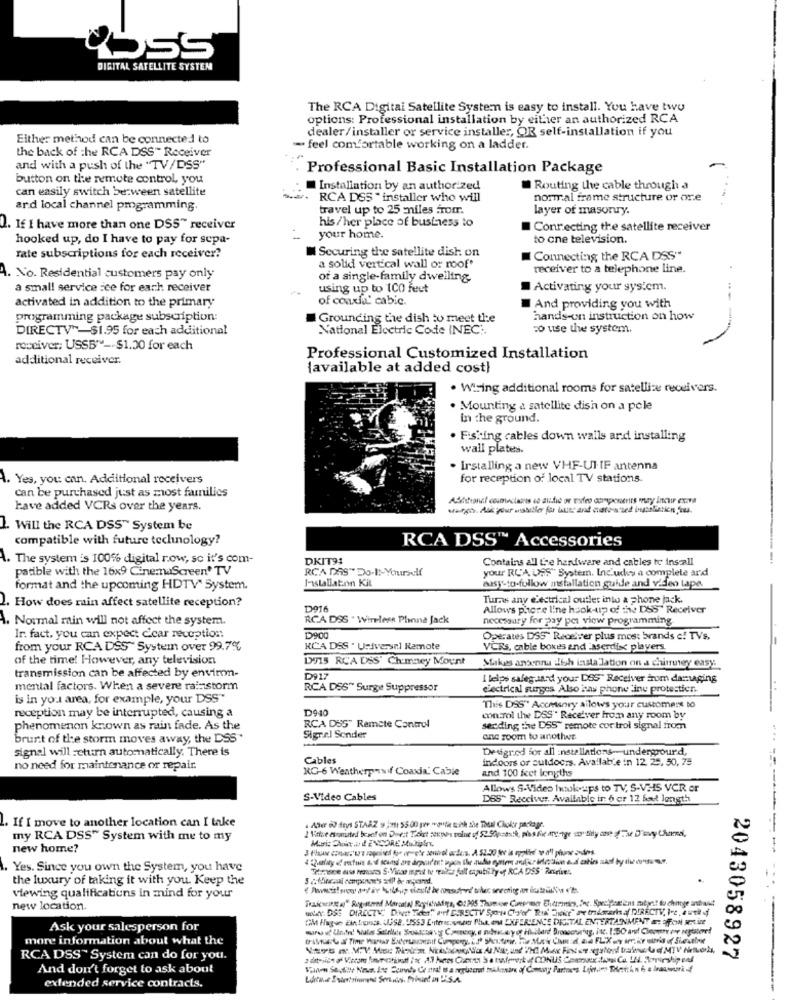
DIGITAL SATELLITE SYSTEM
The RCA Digital Satellite System is easy to install. You have two
options: Professional installation by either an authorized RCA
dealer/ installer or service installer, OR self-installation if you
Either method can be connected to
the back of the RCA DSS" Receiver
- feel comfortable working on a ladder.
and with a push of the "TV/DSS"
Professional Basic Installation Package
button on the remote control, you
can easily switch between satellite
Installation by an authorized
Routing the cable through a
RCA DSS " installer who will
normal frame structure or ore
ard local channel pmgramming.
travel up to 25 miles fromr.
layer of masonry.
his/her place of business to
Q. If I have more than one DSS" receiver
Connecting the satellite receiver
hooked up, do I have to pay for sepa-
your home.
to one television.
Securing the satellite dish on
rate subscriptions for each receiver?
Connecting the RCA DSS""
a solid vertical wall or roof'
receiver to a telephone line.
9. No. Residential customers pay only
of a single-family dwelling
a small service fee for each receiver
using up to 100 feet
Activating your system.
of coaxial' cabic.
activated in addition to the primary
I And providing you with
programming package subscription:
Grounding the dish to meet the
hands-on instruction on how
DIRECTV"-$1.95 for each additional
National Electric Code INEC :.
:o use the system.
receiver; USSB™ -- $1.00 for each
additional receiver.
Professional Customized Installation
{available at added cost)
. Wiring additional rooms for satellite receivers.
. Mounting a satellite dish on a pele
in the ground.
· Fishing cables down walls and installing
wall plates.
. Irstalling a new VHF-UI-IF antenna
. Yes, you can. Additional receivers
for reception of local TV stations
Can be purchased just as most families
have added VCRs over the years.
varmt Ask your oskiller for hver and custo in ned inpolitics, os.
1. Will the RCA DSS" System be
compatible with future technology?
RCA DSS™ Accessories
. The system is 100% digital row, so it's com-
DKIT94
Contains all the hardware and cables to install
patible with the 16x9 CinemaScreen' TV
RCA DAS" Do-It-Yourself
your RC'A UAS" System. Includes a complete and
Installation Kit
format and the upcoming HDTV" System.
aussy-to-follow installation guide and video tape.
How does main affect satellite reception?
Turns any electrical outlet into a phone jack.
D916
Allows phere line hook-up of the DSS' Receiver
A. Normal min will not affect the system.
RCA DSS . Wirless Phinna Jack
necessary for pay per view programming
Ir. fact, you can expect clear reception
Operates DSS" Receiver plus mos: brands e! TVs,
-
from your RCA DSS" System over 99.7%
KCA DSS . Universal Remote
VCRs, cable boxes and laserdisc players
of the time! However, any television
D915 RCA DSS' Chimney Mount
Makes antenna ilish insta lation on a chimney easy.
transmission can be affected by environ-
D917
I lelps safeguard your DOS" Receiver arom damaging
mental factors. When a severe rainstorm
RCA DSS" Surge Suppressor
electrical surges. Also has phone line protestien.
is in you area, for example, your DSS"
reception may be interrupted, causing a
D940
This DSS" Accessory allows your customers to
control the DSS' Receiver from any room by
phenomenon known as rain fade. As the
RCA DUS" Remote Control
sending the DSS" remote cor trol signal from
brunt of the storm moves away, the DSS'
Signal Sender
anc room to another
signal will return automatically. There is
Designed for all :nstellations-underpourd,
Cables
indoors or suldoc.s. Available in 12. 25, 50, 78
no need for maintenance or repair.
RG-6 Weatherpasif Coaxial Cable
and 100 feet lengths
Allows S-Video Ixtok-ups to TV, S-VHS VCR or
S-Video Cables
DSS" Receiver, Available ir 6 er 12 feet length
. Ater 60 ftys STAAZ 9 (Ms1 55.00 per "pfa with she Thual Chokr package.
L. If I move to another location can I take
my RCA DSS" System with me to my
new home?
...--------
Yes. Since you own the System, you have
the luxury of taking it with you. Keep the
viewing qualifications in mind for your
new location.
Ask your salesperson for
more information about what the
RCA DSS~ System can do for you.
2043058927
And don't forget to ask about
extended service contracts.